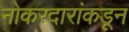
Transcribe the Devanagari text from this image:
नोकरदारांकडून